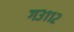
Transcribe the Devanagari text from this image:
ग३११२